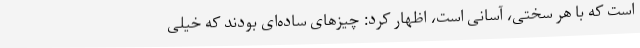
است که با هر سختی، آسانی است، اظهار کرد: چیزهای ساده‌ای بودند که خیلی